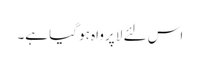
اس لئے لا پرواہ ہو گیا ہے۔